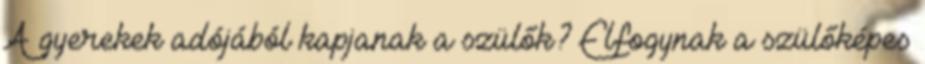
A gyerekek adójából kapjanak a szülők? Elfogynak a szülőképes